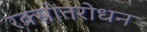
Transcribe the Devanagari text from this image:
रक्स्रोतरोधन